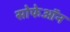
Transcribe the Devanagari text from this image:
सोफेऑन